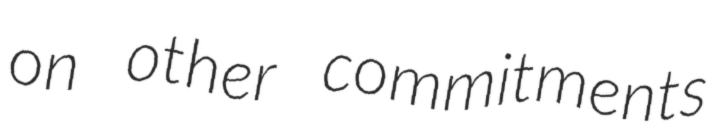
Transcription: on other commitments